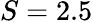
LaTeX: S=2.5